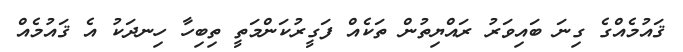
ޤައުމެއްގެ ގިނަ ބައިވަރު ރައްޔިތުން ތަކެއް ފަގީރުކަންމަތީ ތިބިހާ ހިނދަކު އެ ޤައުމެއް